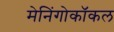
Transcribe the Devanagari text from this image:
मेनिंगोकॉकल